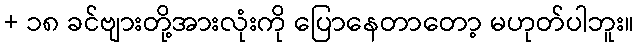
+ ၁၈ ခင်ဗျားတို့အားလုံးကို ပြောနေတာတော့ မဟုတ်ပါဘူး။